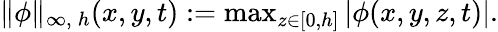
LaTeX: \begin{array}{r}{\| \phi\| _{\infty,\: h}(x,y,t):=\operatorname*{max}_{z\in[0,h]}|\phi(x,y,z,t)|.}\end{array}